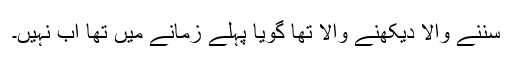
سننے والا دیکھنے والا تھا گویا پہلے زمانے میں تھا اب نہیں۔